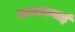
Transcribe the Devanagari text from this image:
समकानाई